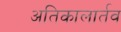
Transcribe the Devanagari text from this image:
अतिकालार्तव